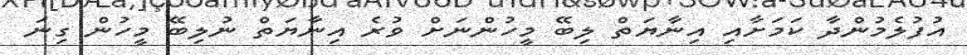
އުފުލެމުންދާ ކަމަށާއި އިނާޔަތް ލިބޭ މީހުންނަށް ވުރެ އިނާޔަތް ނުލިބޭ މީހުން ގިނަ